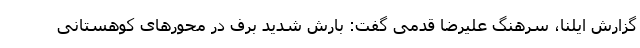
گزارش ایلنا، سرهنگ علیرضا قدمی گفت: بارش شدید برف در محورهای کوهستانی